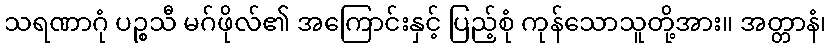
သရဏာဂုံ ပဉ္စသီ မဂ်ဖိုလ်၏ အကြောင်းနှင့် ပြည့်စုံ ကုန်သောသူတို့အား။ အတ္တာနံ၊